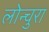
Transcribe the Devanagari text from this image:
लोन्चुरा